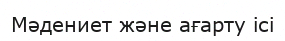
Мәдениет және ағарту ісі